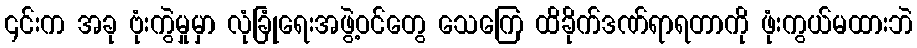
၎င်းက အခု ဗုံးကွဲမှုမှာ လုံခြုံရေးအဖွဲ့ဝင်တွေ သေကြေ ထိခိုက်ဒဏ်ရာရတာကို ဖုံးကွယ်မထားဘဲ